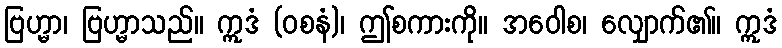
ဗြဟ္မာ၊ ဗြဟ္မာသည်။ ဣဒံ (ဝစနံ)၊ ဤစကားကို။ အဝေါစ၊ လျှောက်၏။ ဣဒံ